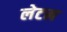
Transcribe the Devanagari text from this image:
लेटम